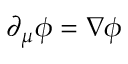
\partial _ { \mu } \phi = \nabla \phi